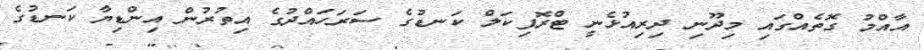
އާއްމު ގޮތެއްގައި މިދޫނި ދިރިއުޅެނީ ޓްރޮޕިކަލް ކަނޑުގެ ސަރަހައްދުގެ އިތުރުން އިންޑިޔާ ކަނޑުގެ